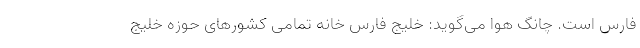
فارس است. چانگ هوا می‌گوید: خلیج فارس خانه تمامی کشورهای حوزه خلیج